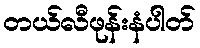
တယ်လီဖုန်းနံပါတ်